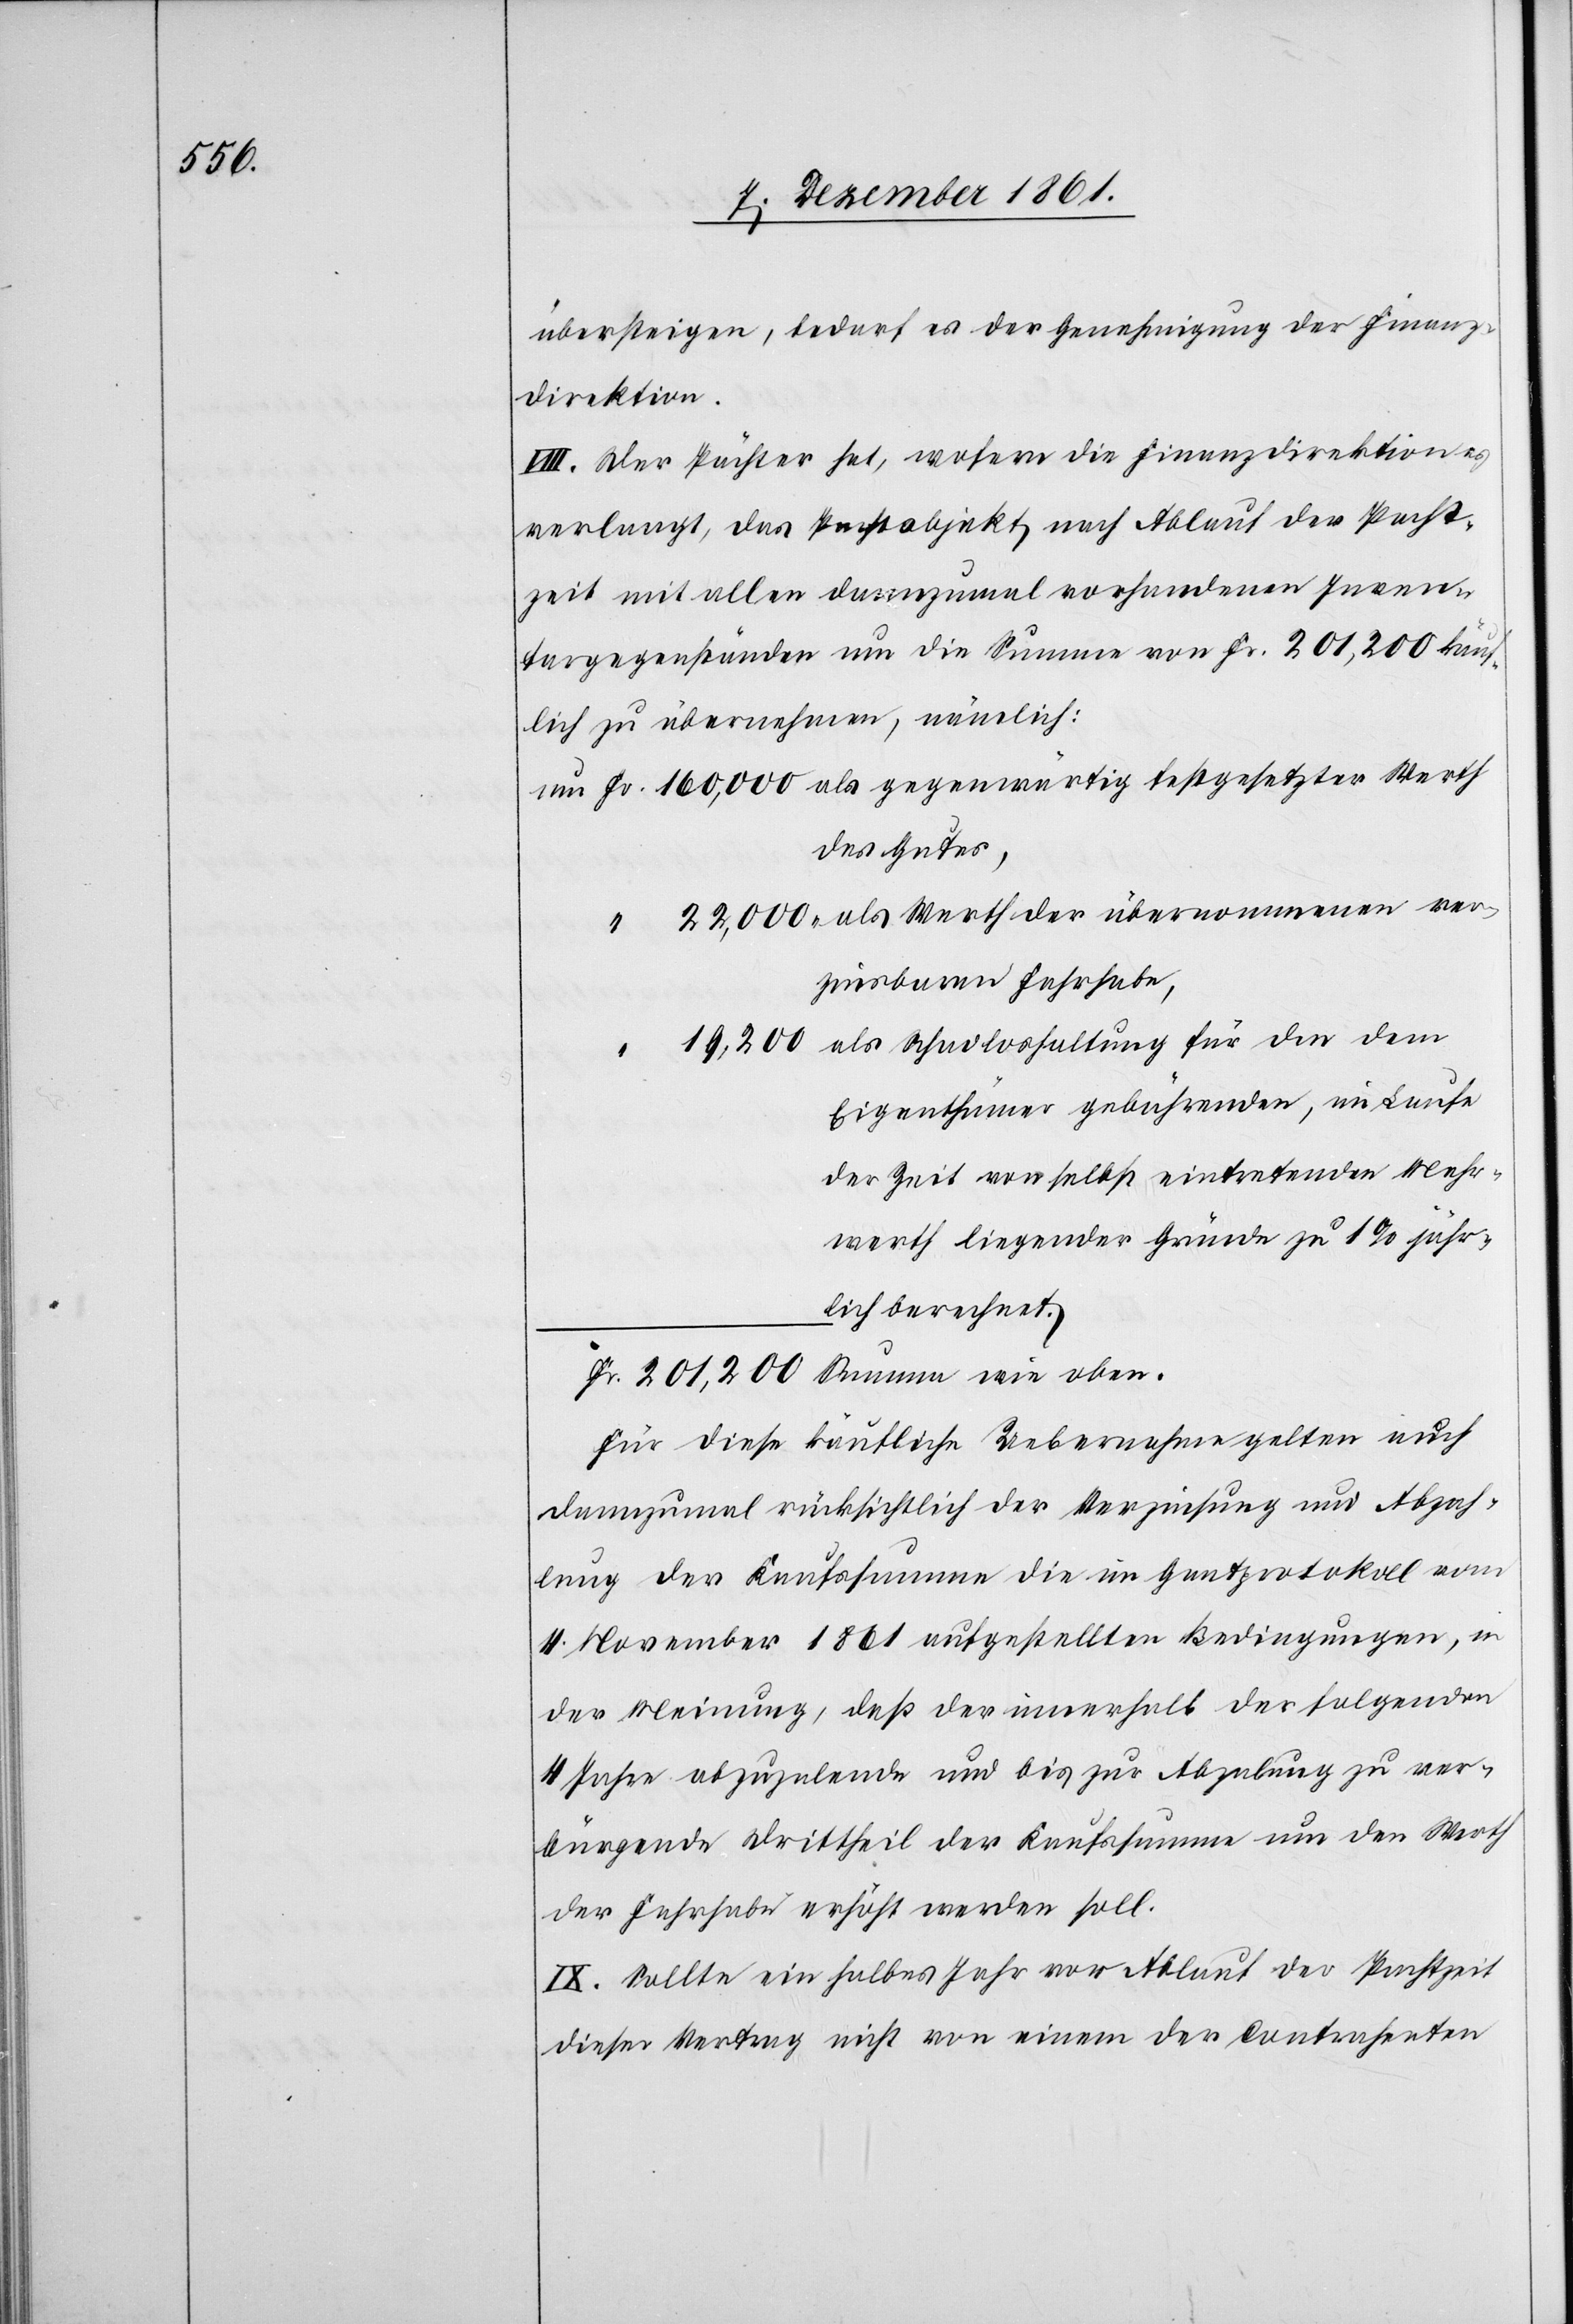
ver¬

übersteigen, bedarf es der Genemigung der Finanz¬
direktion.
VIII. Der Pächter hat, wofern die Finanzdirektion es
verlangt, das Pachtobjekt nach Ablauf der Pacht¬
zeit mit allen dannzumal vorhandenen Inven¬
targegenständen um die Summe von Fr. 201,200 käu¬
flich zu übernehmen, nämlich:
des Gutes,
zinsbaren Fahrhabe,
Eigenthümer gebührenden, im Laufe
der Zeit von selbst eintretenden Mehr¬
werth liegender Gründe zu 1% jähr¬
lich berechnet.
Für diese käufliche Uebernahme gelten auch
dannzumal rücksichtlich der Verzinsung und Abzah¬
lung der Kaufssumme die im Gantprotokoll vom
4 November 1861 aufgestellten Bedingungen, in
der Meinung, daß der innerhalb der folgenden
4 Jahre abzuzalende und bis zur Abzalung zu ver¬
bürgende Drittheil der Kaufssumme um den Werth
der Fahrhabe erhöht werden soll.
IX. Sollte ein halbes Jahr vor Ablauf der Pachtzeit
dieser Vertrag nicht von einem der Contrahenten